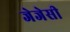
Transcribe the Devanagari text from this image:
जेजेसी